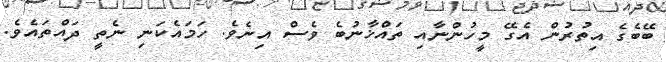
ބޭބެގެ އިތުރުން އެގޭ މީހުންނާއި ތައްޚާނުބެ ވެސް އިނެވެ. ހަމައެކަނި ނެތީ ދައްތައެވެ.